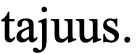
tajuus.